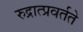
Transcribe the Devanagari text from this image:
रुद्रात्प्रवर्तते